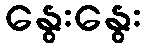
နွေးနွေး